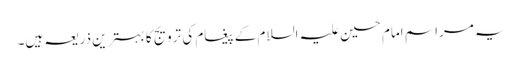
یہ مراسم امام حسین علیہ السلام کے پیغام کی ترویج کا بہترین ذریعہ ہیں۔